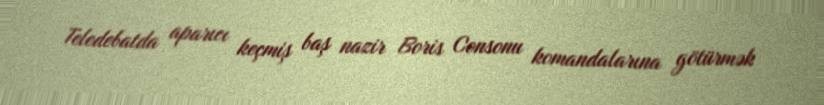
Teledebatda aparıcı keçmiş baş nazir Boris Consonu komandalarına götürmək